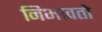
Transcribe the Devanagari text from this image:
निभावतो